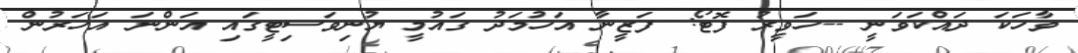
ވާހަކަ ދައްކަވަނީ --ހަވީރު ފޮޓޯ: ފަޒީނާ އަހުމަދު ގައުމީ ޔުނިވަސިޓީގައި އަންނަ އަހަރުން